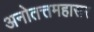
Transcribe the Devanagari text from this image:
अनोतत्तमहासर